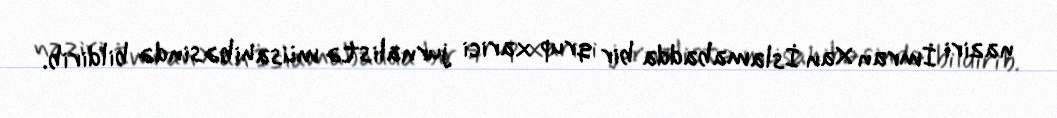
naziri İmran Xan İslamabadda bir qrup xarici jurnalistə müsahibəsində bildirib.